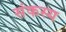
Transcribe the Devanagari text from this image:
संकस्य